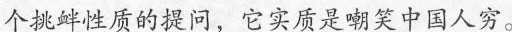
个挑衅性质的提问，它实质是嘲笑中国人穷。